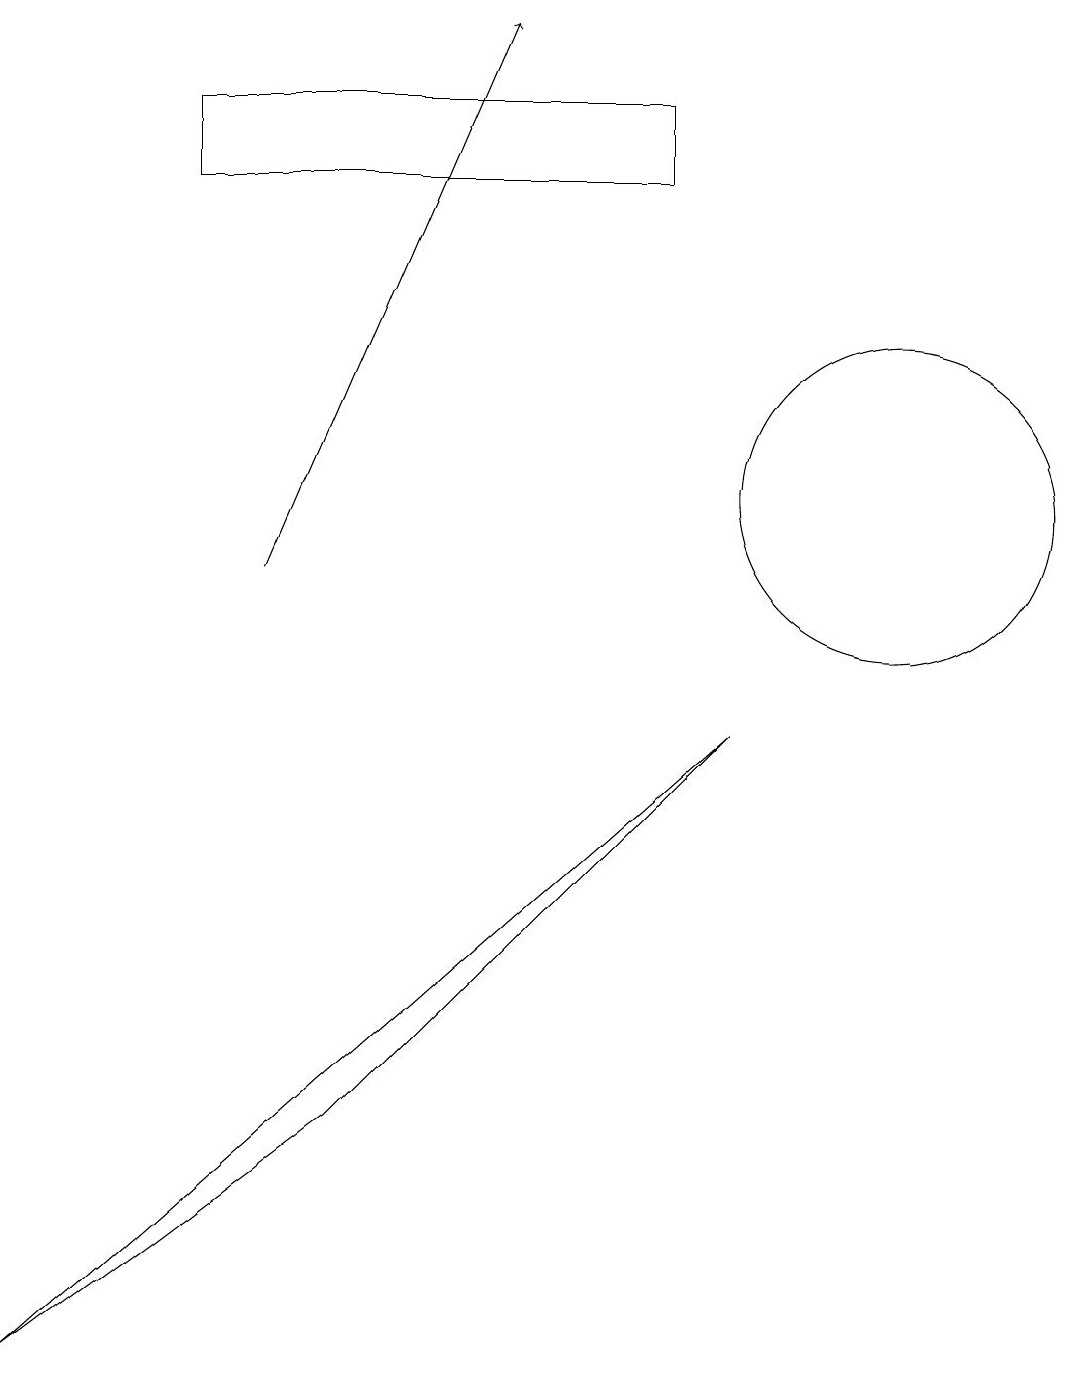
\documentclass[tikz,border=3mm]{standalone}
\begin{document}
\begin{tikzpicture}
\draw[->] (3,10) -- (6,17);
\draw (8,16) rectangle (2,15);
\draw (11,11) circle (2);
\draw (0,0) -- (4,3) -- (9,8) -- cycle;
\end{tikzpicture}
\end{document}